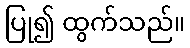
ပြု၍ ထွက်သည်။